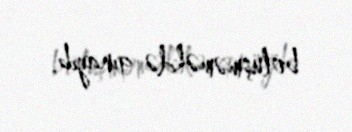
bölüşməməkdə qınayıb.